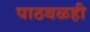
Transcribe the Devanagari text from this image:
पाठबळही